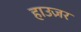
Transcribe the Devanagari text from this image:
हाउज़र